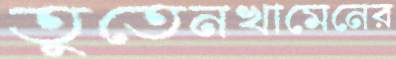
তুতেনখামেনের